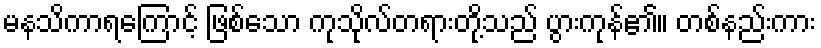
မနသိကာရကြောင့် ဖြစ်သော ကုသိုလ်တရားတို့သည် ပွားကုန်၏။ တစ်နည်းကား